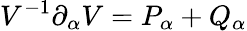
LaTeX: V^{-1}\partial_{\alpha}V=P_{\alpha}+Q_{\alpha}